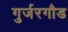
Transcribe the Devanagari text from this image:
गुर्जरगौड